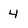
Character: 4